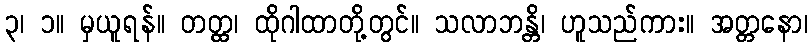
၃၊ ၁။ မှယူရန်။ တတ္ထ၊ ထိုဂါထာတို့တွင်။ သလာဘန္တိ၊ ဟူသည်ကား။ အတ္တနော၊